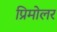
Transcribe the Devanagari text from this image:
प्रिमोलर